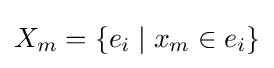
X_{m}=\lbrace e_{i}\mid x_{m}\in e_{i}\rbrace